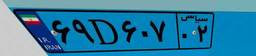
۶۹D۶۰۷۰۲